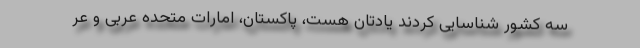
سه کشور شناسایی کردند یادتان هست، پاکستان، امارات متحده عربی و عر